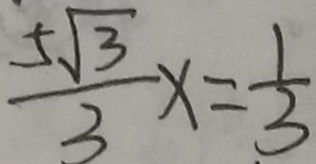
\frac { 5 \sqrt { 3 } } { 3 } x = \frac { 1 } { 3 }